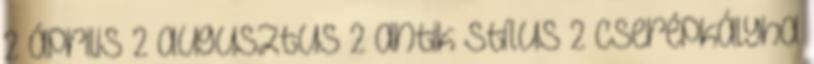
2 április 2 augusztus 2 antik stílus 2 cserépkályha